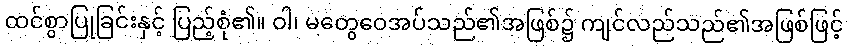
ထင်စွာပြုခြင်းနှင့် ပြည့်စုံ၏။ ဝါ၊ မတွေဝေအပ်သည်၏အဖြစ်၌ ကျင်လည်သည်၏အဖြစ်ဖြင့်